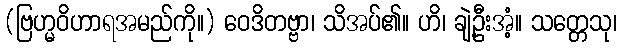
(ဗြဟ္မဝိဟာရအမည်ကို။) ဝေဒိတဗ္ဗာ၊ သိအပ်၏။ ဟိ၊ ချဲ့ဦးအံ့။ သတ္တေသု၊